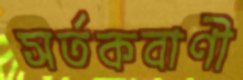
সর্তকবাণী